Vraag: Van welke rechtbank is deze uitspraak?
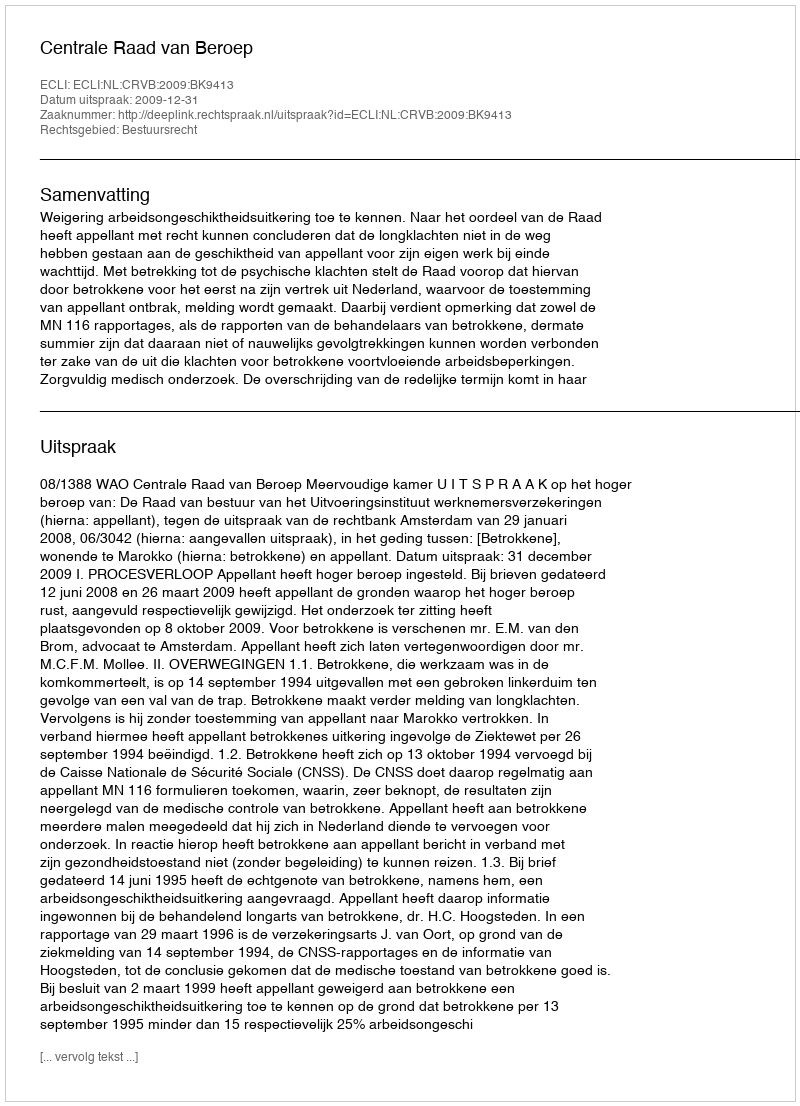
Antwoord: Centrale Raad van Beroep